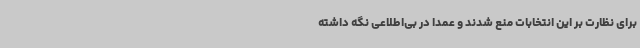
برای نظارت بر این انتخابات منع شدند و عمدا در بی‌اطلاعی نگه داشته